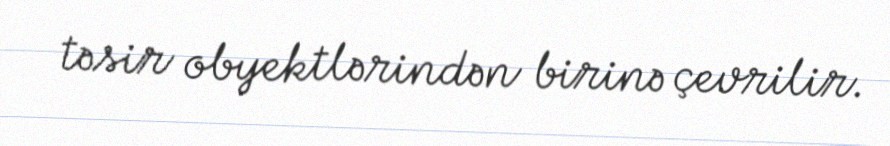
təsir obyektlərindən birinə çevrilir.